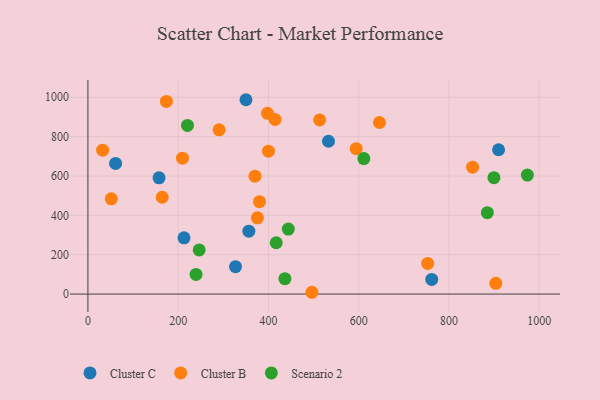
{"axis": {"x": "Ad Spend", "y": "Yield"}, "legend": ["Cluster B", "Cluster C", "Scenario 2"], "data": [{"x": "350.2", "y": 987.6, "type": "Cluster C"}, {"x": "327.0", "y": 139.0, "type": "Cluster C"}, {"x": "212.9", "y": 285.9, "type": "Cluster C"}, {"x": "761.7", "y": 74.6, "type": "Cluster C"}, {"x": "533.0", "y": 776.7, "type": "Cluster C"}, {"x": "356.5", "y": 319.7, "type": "Cluster C"}, {"x": "909.8", "y": 733.4, "type": "Cluster C"}, {"x": "157.6", "y": 590.7, "type": "Cluster C"}, {"x": "61.3", "y": 663.7, "type": "Cluster C"}, {"x": "645.9", "y": 871.8, "type": "Cluster B"}, {"x": "752.7", "y": 155.5, "type": "Cluster B"}, {"x": "513.4", "y": 884.7, "type": "Cluster B"}, {"x": "370.1", "y": 598.9, "type": "Cluster B"}, {"x": "209.6", "y": 690.5, "type": "Cluster B"}, {"x": "594.4", "y": 738.6, "type": "Cluster B"}, {"x": "400.0", "y": 726.2, "type": "Cluster B"}, {"x": "32.6", "y": 731.4, "type": "Cluster B"}, {"x": "380.1", "y": 469.3, "type": "Cluster B"}, {"x": "903.7", "y": 54.7, "type": "Cluster B"}, {"x": "375.5", "y": 387.4, "type": "Cluster B"}, {"x": "173.9", "y": 979.2, "type": "Cluster B"}, {"x": "414.6", "y": 887.7, "type": "Cluster B"}, {"x": "164.6", "y": 492.1, "type": "Cluster B"}, {"x": "290.7", "y": 834.6, "type": "Cluster B"}, {"x": "51.8", "y": 483.8, "type": "Cluster B"}, {"x": "852.2", "y": 645.0, "type": "Cluster B"}, {"x": "397.8", "y": 918.3, "type": "Cluster B"}, {"x": "496.3", "y": 9.1, "type": "Cluster B"}, {"x": "899.5", "y": 591.4, "type": "Scenario 2"}, {"x": "436.4", "y": 78.0, "type": "Scenario 2"}, {"x": "246.5", "y": 224.1, "type": "Scenario 2"}, {"x": "611.3", "y": 688.3, "type": "Scenario 2"}, {"x": "884.9", "y": 413.5, "type": "Scenario 2"}, {"x": "444.0", "y": 330.1, "type": "Scenario 2"}, {"x": "220.6", "y": 857.1, "type": "Scenario 2"}, {"x": "417.2", "y": 260.9, "type": "Scenario 2"}, {"x": "973.6", "y": 604.8, "type": "Scenario 2"}, {"x": "239.6", "y": 100.0, "type": "Scenario 2"}]}